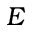
E